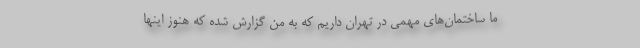
ما ساختمان‌های مهمی در تهران داریم که به من گزارش شده که هنوز اینها